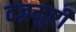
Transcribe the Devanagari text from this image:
वज्रमुष्टी